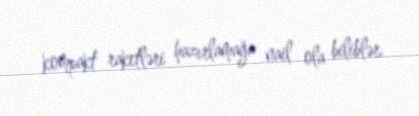
kompakt raketləri hazırlamağa nail ola biliblər.